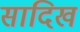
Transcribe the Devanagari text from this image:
सादिख